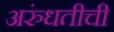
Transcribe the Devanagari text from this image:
अरुंधतीची